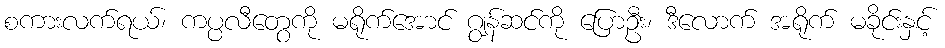
စကားလက်ရယ်၊ ကပ္ပလီတွေကို မရိုက်အောင် ဂျွန်ဆင်ကို ပြောဦး၊ ဒီလောက် အရိုက် မခိုင်းနှင့်